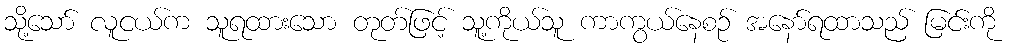
သို့သော် လူငယ်က သူရထားသော တုတ်ဖြင့် သူ့ကိုယ်သူ ကာကွယ်နေစဉ် အနော်ရထာသည် မြင်းကို